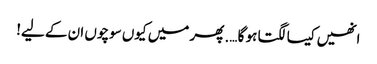
انھیں کیسا لگتا ہو گا …. پھر میں کیوں سوچوں ان کے لیے!